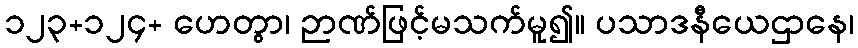
၁၂၃+၁၂၄+ ဟေတွာ၊ ဉာဏ်ဖြင့်မသက်မူ၍။ ပသာဒနီယေဌာနေ၊